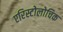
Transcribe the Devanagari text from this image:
एरिस्टोलोचिक